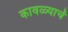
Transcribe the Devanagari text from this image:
कावळ्याचें